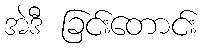
အဲဒီ ခြင်းတောင်း